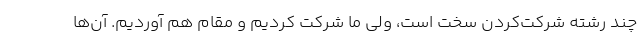
چند رشته شرکت‌کردن سخت است، ولی ما شرکت کردیم و مقام هم آوردیم. آن‌ها